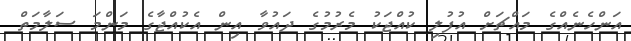
އަންހެނެއްގެ މައްޗަށް އުފުލި ކުއްޖަކު މެރުމުގެ ދައުވާ އިން އެކުއްޖާގެ މަންމަ ސަލާމަތް